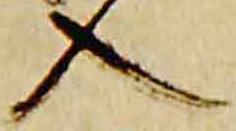
入